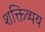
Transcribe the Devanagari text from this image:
शक्तिव्यय